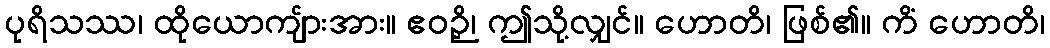
ပုရိသဿ၊ ထိုယောကျ်ားအား။ ဧဝဉှိ၊ ဤသို့လျှင်။ ဟောတိ၊ ဖြစ်၏။ ကိံ ဟောတိ၊